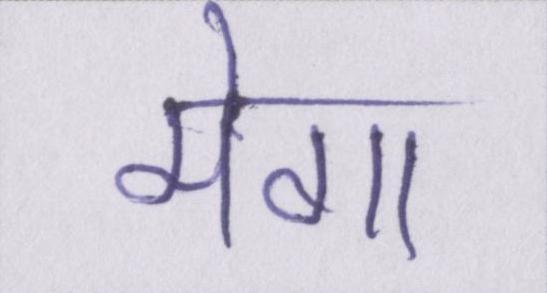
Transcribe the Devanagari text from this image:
मेगा